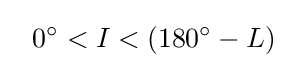
~~0^{\circ }<I<(180^{\circ }-L)~